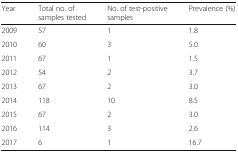
<table><thead><tr><td><b>Year</b></td><td><b>Total no. of samples tested</b></td><td><b>No. of test-positive samples</b></td><td><b>Prevalence (%)</b></td></tr></thead><tbody><tr><td>2009</td><td>57</td><td>1</td><td>1.8</td></tr><tr><td>2010</td><td>60</td><td>3</td><td>5.0</td></tr><tr><td>2011</td><td>67</td><td>1</td><td>1.5</td></tr><tr><td>2012</td><td>54</td><td>2</td><td>3.7</td></tr><tr><td>2013</td><td>67</td><td>2</td><td>3.0</td></tr><tr><td>2014</td><td>118</td><td>10</td><td>8.5</td></tr><tr><td>2015</td><td>67</td><td>2</td><td>3.0</td></tr><tr><td>2016</td><td>114</td><td>3</td><td>2.6</td></tr><tr><td>2017</td><td>6</td><td>1</td><td>16.7</td></tr></tbody></table>